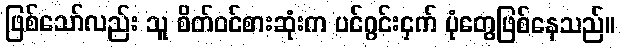
ဖြစ်သော်လည်း သူ စိတ်ဝင်စားဆုံးက ပင်ဂွင်းငှက် ပုံတွေဖြစ်နေသည်။